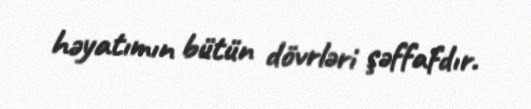
həyatımın bütün dövrləri şəffafdır.